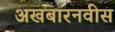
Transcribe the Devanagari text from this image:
अखबारनवीस